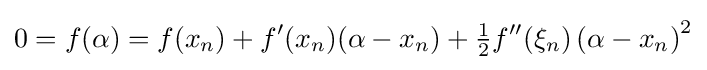
0=f(\alpha )=f(x_{n})+f'(x_{n})(\alpha -x_{n})+{\tfrac {1}{2}}f''(\xi _{n})\left(\alpha -x_{n}\right)^{2}